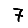
Digit: 7